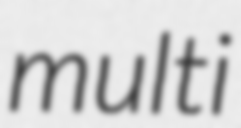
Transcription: multi